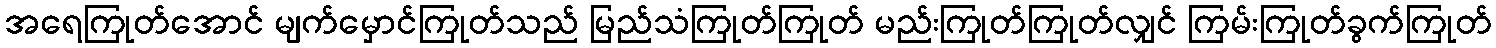
အရေကြုတ်အောင် မျက်မှောင်ကြုတ်သည် မြည်သံကြုတ်ကြုတ် မည်းကြုတ်ကြုတ်လျှင် ကြမ်းကြုတ်ခွက်ကြုတ်